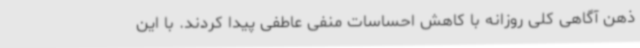
ذهن آگاهی کلی روزانه با کاهش احساسات منفی عاطفی پیدا کردند. با این